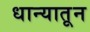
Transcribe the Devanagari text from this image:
धान्यातून